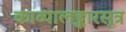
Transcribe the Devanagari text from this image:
काव्यालङ्कारसूत्र